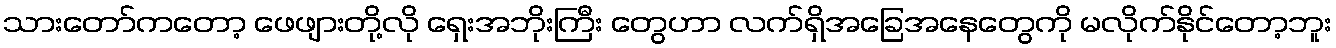
သားတော်ကတော့ ဖေဖျားတို့လို ရှေးအဘိုးကြီး တွေဟာ လက်ရှိအခြေအနေတွေကို မလိုက်နိုင်တော့ဘူး